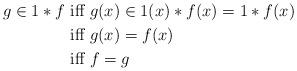
LaTeX: \begin{align*} g \in 1 \ast f & \mbox{ iff } g(x) \in 1(x) \ast f(x) = 1 \ast f(x) \\ & \mbox{ iff } g(x) = f(x) \\ & \mbox{ iff } f = g \end{align*}